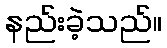
နည်းခဲ့သည်။